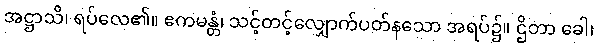
အဋ္ဌာသိ၊ ရပ်လေ၏။ ဧကမန္တံ၊ သင့်တင့်လျှောက်ပတ်နသော အရပ်၌။ ဌိတာ ခေါ၊